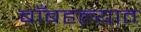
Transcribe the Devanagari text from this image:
बाँबहल्यात